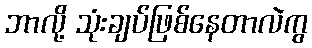
ဘာလို့ သုံးချပ်ဖြစ်နေတာလဲကွ